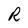
Character: R